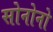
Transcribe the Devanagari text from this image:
सोनोनो